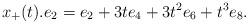
LaTeX: \begin{align*}x_{+}(t).e_{2} = e_{2} + 3te_{4} + 3t^{2}e_{6} + t^{3}e_{8}.\end{align*}